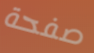
صفحة